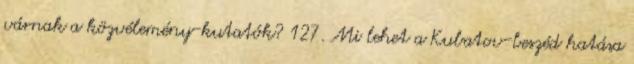
várnak a közvélemény-kutatók? 127. Mi lehet a Kubatov-beszéd hatása